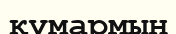
құмармын